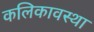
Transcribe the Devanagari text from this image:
कलिकावस्था